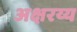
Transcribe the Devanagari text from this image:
अक्षरय्य